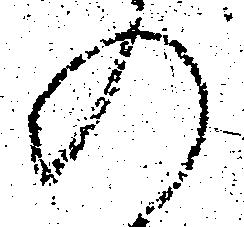
の